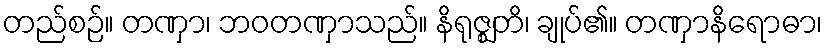
တည်စဉ်။ တဏှာ၊ ဘဝတဏှာသည်။ နိရုဇ္ဈတိ၊ ချုပ်၏။ တဏှာနိရောဓာ၊